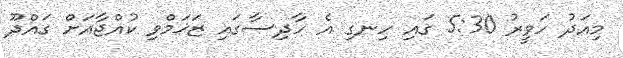
މިއަދު ހަވީރު 5:30 ގައި ހިނގި އެ ހާދިސާގައި ޒަޚަމްވި ކުއްޖާއަށް ގައްދޫ